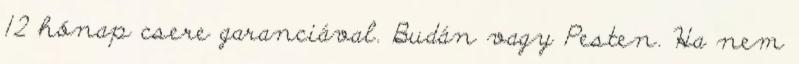
12 hónap csere garanciával. Budán vagy Pesten. Ha nem